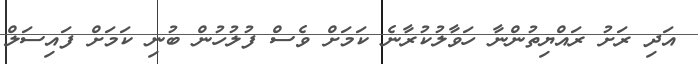
އަދި ރަށު ރައްޔިތުންނާ ހަވާލުކުރާނެ ކަމަށް ވެސް ފުލުހުން ބުނި ކަމަށް ފައިސަލް